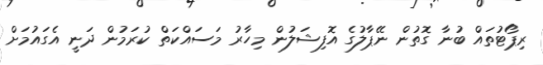
ރިޕޯޓުތައް ބުނާ ގޮތުން ނޭޕާލުގެ އޮފިޝަލުން މިހާރު މަސައްކަތް ކުރަމުން ދަނީ އެގައުމަށް